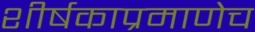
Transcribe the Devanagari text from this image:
शीर्षकाप्रमाणेच